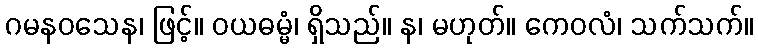
ဂမနဝသေန၊ ဖြင့်။ ဝယဓမ္မံ၊ ရှိသည်။ န၊ မဟုတ်။ ကေဝလံ၊ သက်သက်။